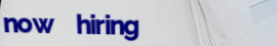
now hiring